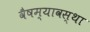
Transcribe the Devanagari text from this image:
वैषम्यावस्था